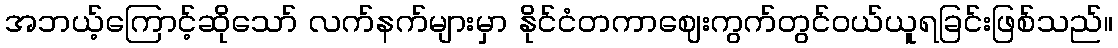
အဘယ့်ကြောင့်ဆိုသော် လက်နက်များမှာ နိုင်ငံတကာဈေးကွက်တွင်ဝယ်ယူရခြင်းဖြစ်သည်။